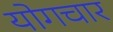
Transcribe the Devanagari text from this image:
योगचार